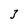
Character: 3